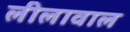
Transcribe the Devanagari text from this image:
लीलावाल